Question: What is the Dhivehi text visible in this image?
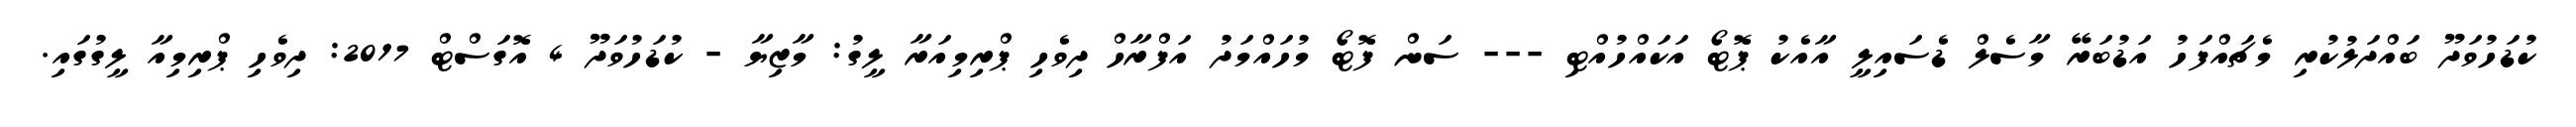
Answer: ކުޑަހުވަދޫ ބައްދަލުކުރި މެޗައްފަހު އަޑުބަރޭ މާސެލް ޑެސައިލީ އާއެކު ޕޮޓޯ އަކައްހުއްޓި --- ސަން ފޮޓޯ މުހައްމަދު އަފްރާހް ދިވެހި ޕްރިމިއަރާ ލީގު: މާޒިޔާ - ކުޑަހުވަދޫ 4 އޮގަސްޓް 2017: ދިވެހި ޕްރިމިއާ ލީގުގައި.